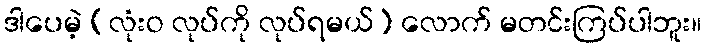
ဒါပေမဲ့ (လုံးဝ လုပ်ကို လုပ်ရမယ်) လောက် မတင်းကြပ်ပါဘူး။